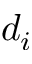
d _ { i }